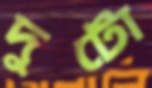
দুটো